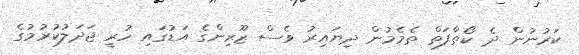
ކަރުނުން ދެ ކޯތާފަތް ތެމެމުން ދިޔައިރު ވެސް ޒޫރިންގެ އަޑުގައި ހުރީ ޖަދަލުކުރުމުގެ